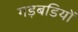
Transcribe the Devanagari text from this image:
गड़बडियों